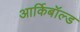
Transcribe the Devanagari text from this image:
आर्किबॉल्ड